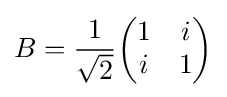
B={\frac {1}{\sqrt {2}}}{\begin{pmatrix}1&i\\i&1\end{pmatrix}}